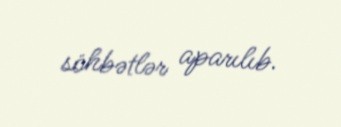
söhbətlər aparılıb.